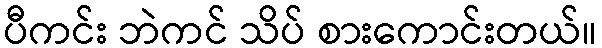
ပီကင်း ဘဲကင် သိပ် စားကောင်းတယ်။